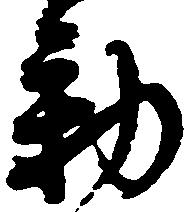
動